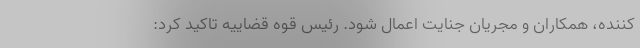
کننده، همکاران و مجریان جنایت اعمال شود. رئیس قوه قضاییه تاکید کرد: